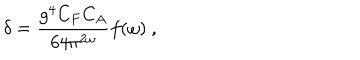
\delta = { \frac { g ^ { 4 } C _ { F } C _ { A } } { 6 4 \pi ^ { 2 \omega } } } f ( \omega ) \ ,